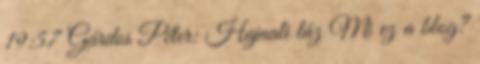
19:57 Gárdos Péter: Hajnali láz Mi ez a blog?